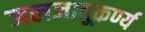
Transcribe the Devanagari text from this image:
जलजातूकर्ण्य